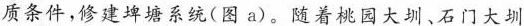
质条件，修建埤塘系统(图a)。随着桃园大圳、石门大圳